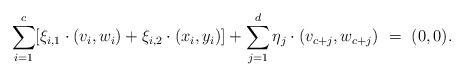
LaTeX: \begin{align*}\sum_{i=1}^c [\xi_{i,1} \cdot (v_i,w_i) + \xi_{i,2} \cdot (x_i,y_i)] + \sum_{j=1}^d \eta_j \cdot (v_{c+j},w_{c+j}) \ = \ (0,0).\end{align*}